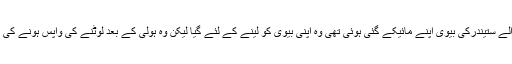
جہاں کے رہنے والے ستیندرکی بیوی اپنے مائیکے گئی ہوئی تھی وہ اپنی بیوی کو لینے کے لئے گیا لیکن وہ ہولی کے بعد لوٹنے کی واپس ہونے کی بات کہہ رہی تھی۔